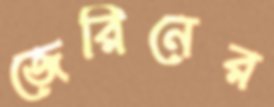
জেরিনের